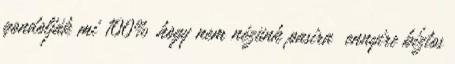
gondolják mi 100% hogy nem nézünk pasira ennyire bíztos